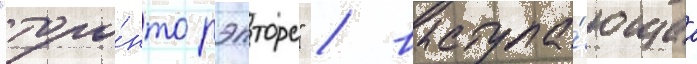
"торо́нто рэпторс" / выступа́ющаа